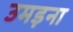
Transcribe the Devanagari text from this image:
उमड़ना